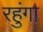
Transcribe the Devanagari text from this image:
रहुंगा